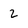
Character: 2